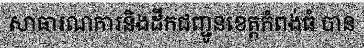
សាធារណការនិងដឹកជញ្ជូនខេត្តកំពង់ធំ បាន